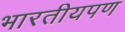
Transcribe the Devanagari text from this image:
भारतीयपण